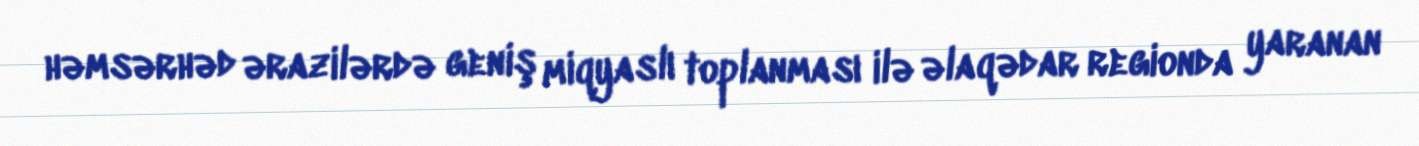
həmsərhəd ərazilərdə geniş miqyaslı toplanması ilə əlaqədar regionda yaranan